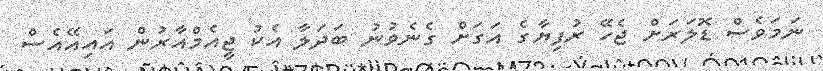
ނަމަވެސް ޑޮލަރަށް ޖެހޭ ރުފިޔާގެ އަގަށް ގެނެވުނު ބަދަލާ އެކު ޖީއެމްއާރުން އައިއޭއެސް